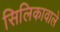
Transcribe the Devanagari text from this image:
सिलिकावाले